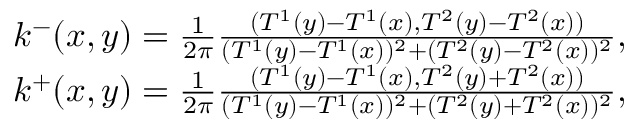
\begin{array} { r } { k ^ { - } ( x , y ) = \frac { 1 } { 2 \pi } \frac { ( T ^ { 1 } ( y ) - T ^ { 1 } ( x ) , T ^ { 2 } ( y ) - T ^ { 2 } ( x ) ) } { ( T ^ { 1 } ( y ) - T ^ { 1 } ( x ) ) ^ { 2 } + ( T ^ { 2 } ( y ) - T ^ { 2 } ( x ) ) ^ { 2 } } , } \\ { k ^ { + } ( x , y ) = \frac { 1 } { 2 \pi } \frac { ( T ^ { 1 } ( y ) - T ^ { 1 } ( x ) , T ^ { 2 } ( y ) + T ^ { 2 } ( x ) ) } { ( T ^ { 1 } ( y ) - T ^ { 1 } ( x ) ) ^ { 2 } + ( T ^ { 2 } ( y ) + T ^ { 2 } ( x ) ) ^ { 2 } } , } \end{array}